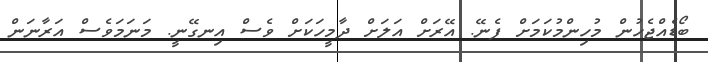
ބޯޑެއްޖެހުން މުހިންމުކަމަށް ފެނޭ. އޭރަށް އަލަށް ދާމީހަކަށް ވެސް އިނގޭނީ. މަނަމަވެސް އަރާނަން